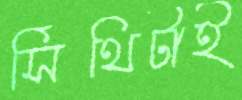
সিঁথিটাই